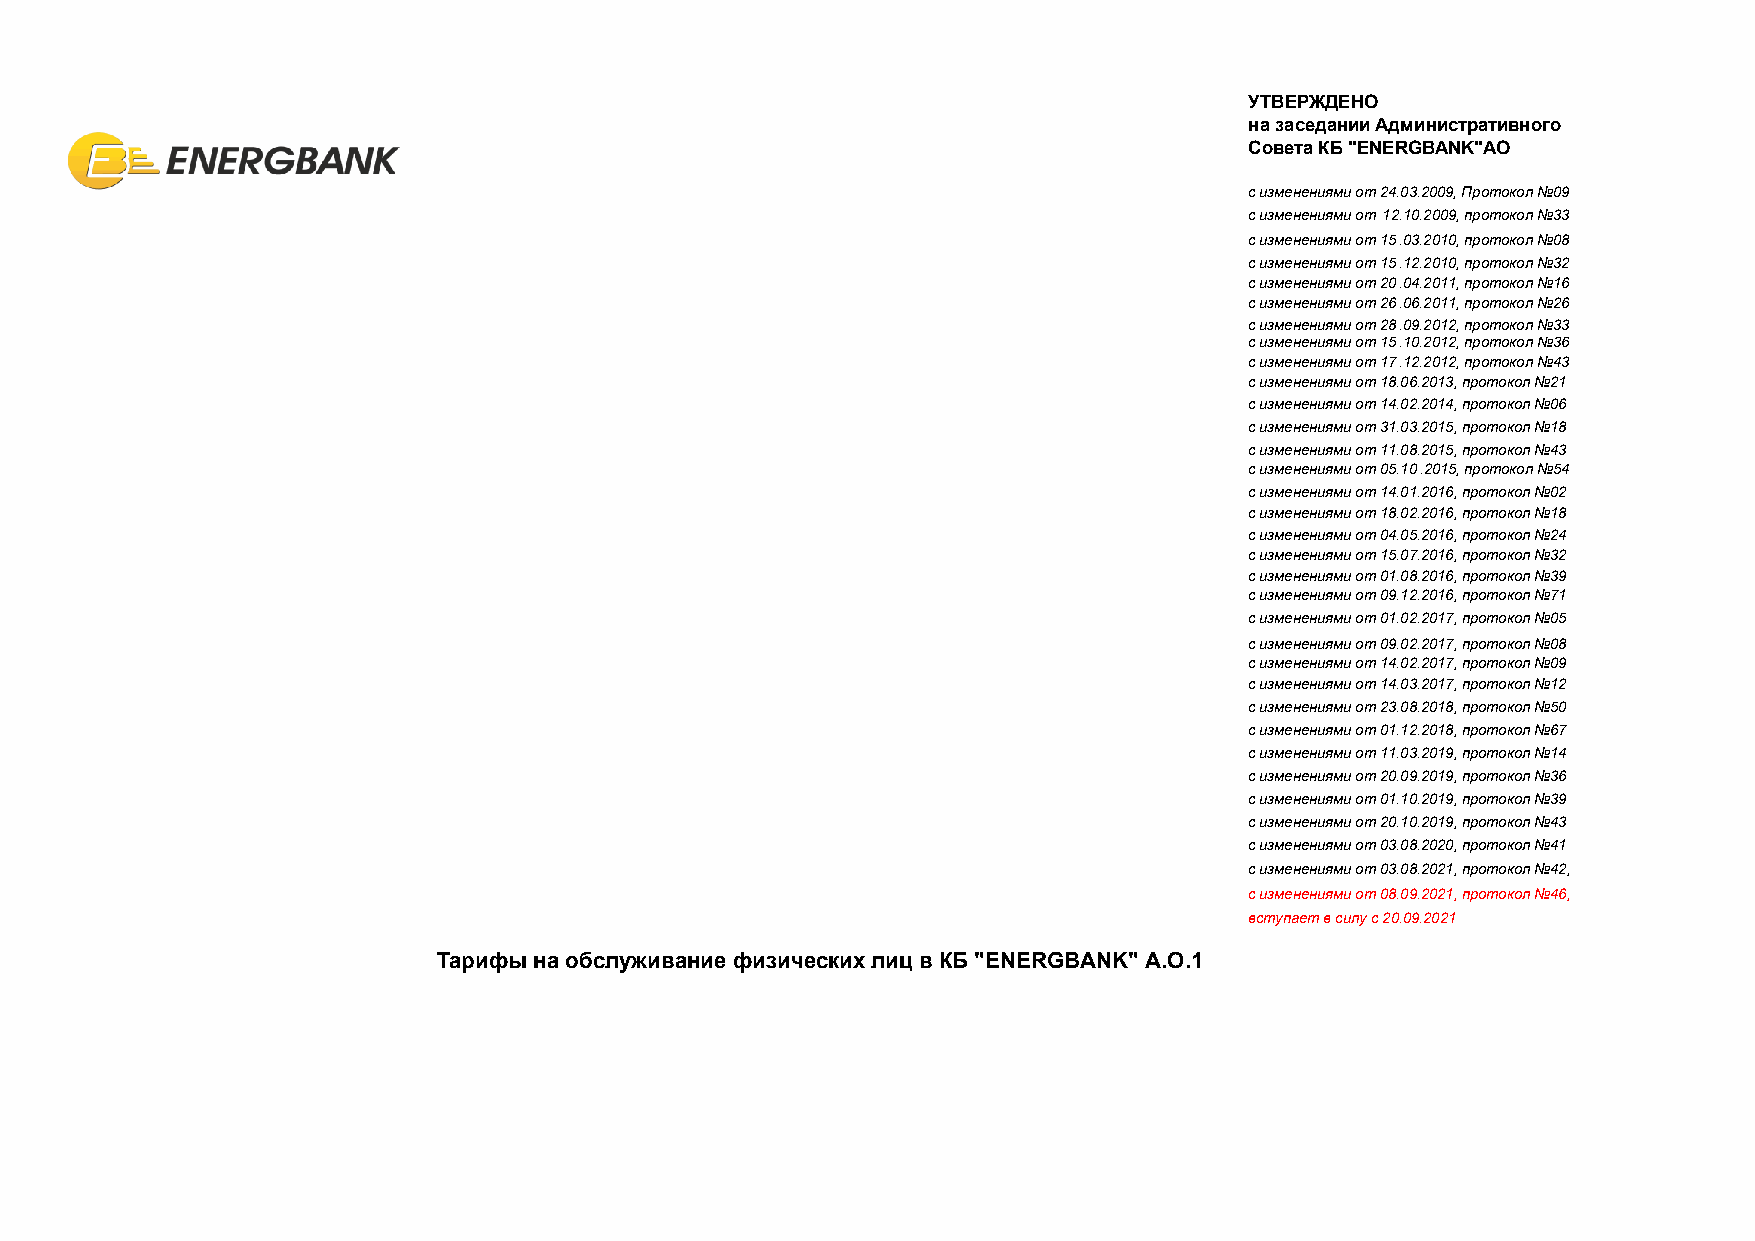
УТВЕРЖДЕНО
 на заседании Административного
 Совета КБ "ENERGBANK"AO
 c(в исзтмуепнаеюнтия вм иси олту с2 40.10.30.42.020090,9 П)ротокол №09
 c изменениями от 12.10.2009, протокол №33
 c изменениями от 15.03.2010, протокол №08
 c изменениями от 15.12.2010, протокол №32
 c изменениями от 20.04.2011, протокол №16
 c изменениями от 26.06.2011, протокол №26
 c изменениями от 28.09.2012, протокол №33
 c изменениями от 15.10.2012, протокол №36
 c изменениями от 17.12.2012, протокол №43
 c изменениями от 18.06.2013, протокол №21
 c изменениями от 14.02.2014, протокол №06
 c изменениями от 31.03.2015, протокол №18
 c изменениями от 11.08.2015, протокол №43
 с изменениями от 05.10.2015, протокол №54
 с изменениями от 14.01.2016, протокол №02
 c изменениями от 18.02.2016, протокол №18
 c изменениями от 04.05.2016, протокол №24
 c изменениями от 15.07.2016, протокол №32
 c изменениями от 01.08.2016, протокол №39
 c изменениями от 09.12.2016, протокол №71
 c изменениями от 01.02.2017, протокол №05
 c изменениями от 09.02.2017, протокол №08
 c изменениями от 14.02.2017, протокол №09
 c изменениями от 14.03.2017, протокол №12
 c изменениями от 23.08.2018, протокол №50
 c изменениями от 01.12.2018, протокол №67
 c изменениями от 11.03.2019, протокол №14
 c изменениями от 20.09.2019, протокол №36
 c изменениями от 01.10.2019, протокол №39
 c изменениями от 20.10.2019, протокол №43
 с изменениями от 03.08.2020, протокол №41
 с изменениями от 03.08.2021, протокол №42,
 с изменениями от 08.09.2021, протокол №46,
 вступает в силу с 20.09.2021
 Тарифы на обслуживание физических лиц в КБ "ENERGBANK" A.О.1